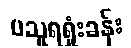
ပသူရရှုံးခန်း